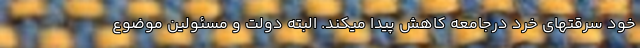
خود سرقتهای خرد درجامعه کاهش پیدا میکند. البته دولت و مسئولین موضوع